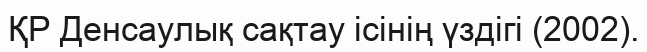
ҚР Денсаулық сақтау ісінің үздігі (2002).